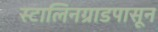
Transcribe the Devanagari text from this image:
स्टालिनग्राडपासून